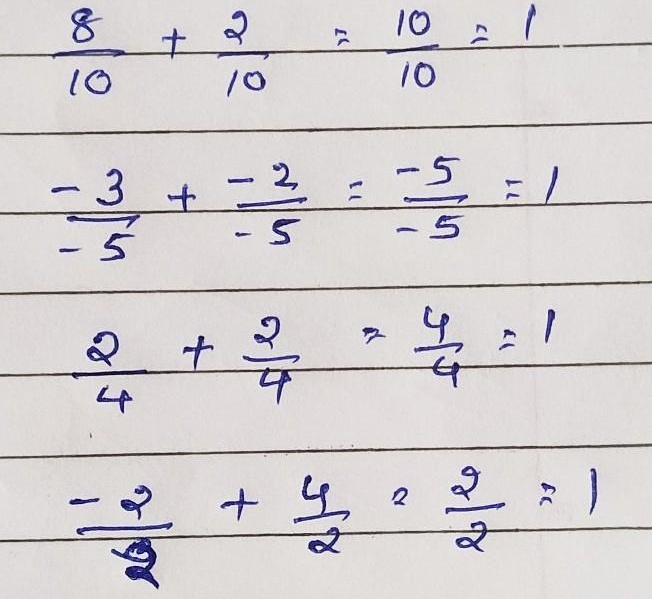
\(\frac{8}{10}+\frac{2}{10}=\frac{10}{10}=1\)
\(\frac{-3}{-5}+\frac{-2}{-5}=\frac{-5}{-5}=1\)
\(\frac{2}{4}+\frac{2}{4}=\frac{4}{4}=1\)
\(\frac{-2}{2}+\frac{4}{2}=\frac{2}{2}=1\)